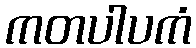
ကတပါပကံ